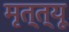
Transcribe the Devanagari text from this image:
मृत्त्यू